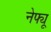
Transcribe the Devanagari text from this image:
नेफ्यू